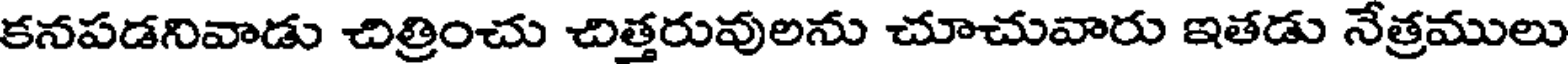
కనపడనివాడు చిత్రించు చిత్తరువులను చూచువారు ఇతడు నేత్రములు